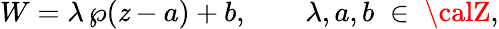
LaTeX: W=\lambda\, \wp(\mathit{z}-a)+b,\qquad\lambda,a,b\; \in\; {\calZ},